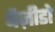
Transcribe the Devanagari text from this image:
बैज़ीडो